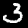
Digit: 3